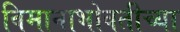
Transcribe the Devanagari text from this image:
विमानाभोवतीच्या